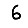
Digit: 6